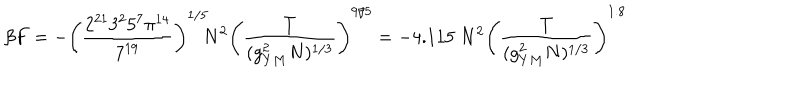
\beta F = - \left( { \frac { 2 ^ { 2 1 } 3 ^ { 2 } 5 ^ { 7 } \pi ^ { 1 4 } } { 7 ^ { 1 9 } } } \right) ^ { 1 / 5 } \! \! N ^ { 2 } \left( { \frac { T } { ( g _ { Y M } ^ { 2 } N ) ^ { 1 / 3 } } } \right) ^ { 9 / 5 } = - 4 . 1 1 5 ~ N ^ { 2 } \left( { \frac { T } { ( g _ { Y M } ^ { 2 } N ) ^ { 1 / 3 } } } \right) ^ { 1 . 8 }